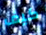
كيف